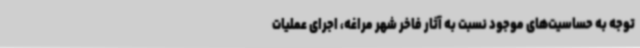
توجه به حساسیت‌های موجود نسبت به آثار فاخر شهر مراغه، اجرای عملیات